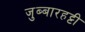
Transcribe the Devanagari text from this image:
जुब्‍बारहट्टी